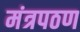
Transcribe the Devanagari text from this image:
मंत्रपठण